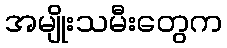
အမျိုးသမီးတွေက